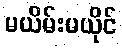
မယိမ်းမယိုင်